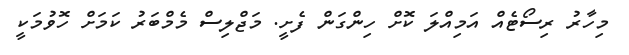
މިހާރު ރިސޯޓެއް އަމިއްލަ ކޮށް ހިންގަން ފެށީ. މަޖްލިސް މެމްބަރު ކަމަށް ހޮވުމަކީ